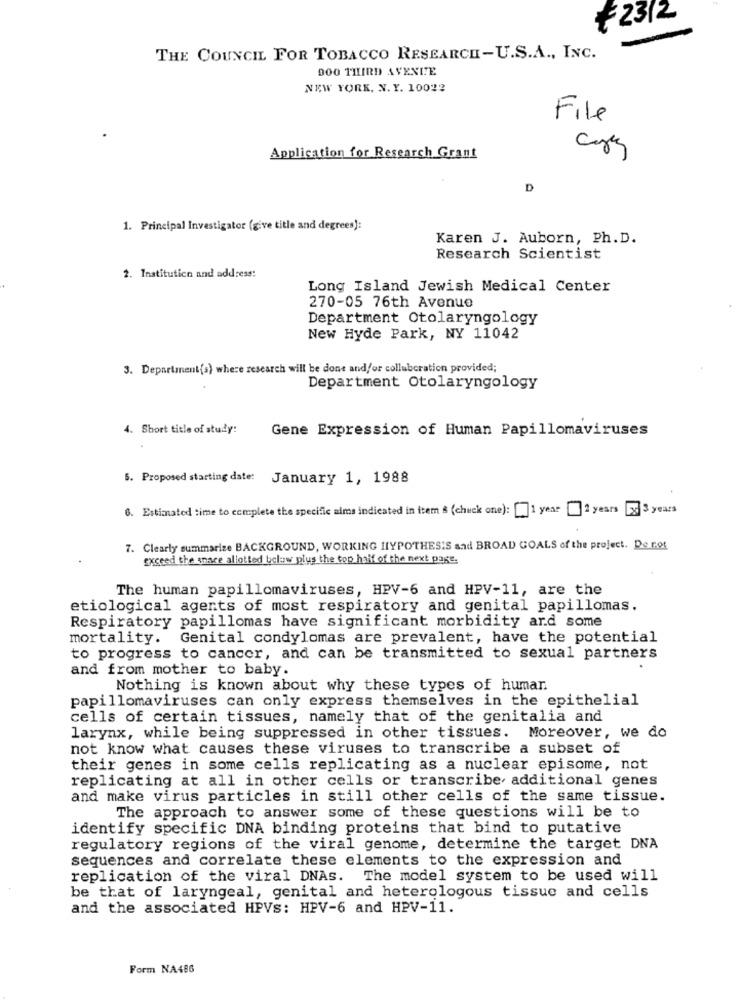
₹2312
THE COUNCIL FOR TOBACCO RESEARCH-U.S.A ., INC.
900 THIRD AVENUE
NEW YORK, N. Y. 10022
File
Application for Research Grant
D
1. Principal Investigator (give title and degrees):
Karen J. Auborn, Ph. D.
Research Scientist
2. Institution and address:
Long Island Jewish Medical Center
270-05 76th Avenue
Department Otolaryngology
New Hyde Park, NY 11042
3. Department(s) where research will be done and/or collaboration provided;
Department Otolaryngology
4. Short title of study:
Gene Expression of Human Papillomaviruses
5. Proposed starting date: January 1, 1988
6. Estimated time to complete the specific aims indicated in item $ (chuck one): [ 1 year 2 years 3 years
7. Clearly summarize BACKGROUND, WORKING HYPOTHESIS and BROAD GOALS of the project. De net
exceed the space allotted below plus the top half of the next page.
The human papillomaviruses, HPV-6 and HPV-11, are the
etiological agents of most respiratory and genital papillomas.
Respiratory papillomas have significant morbidity ard some
mortality.
Genital condylomas are prevalent, have the potential
to progress to cancer, and can be transmitted to sexual partners
and from mother to baby.
Nothing is known about why these types of human.
papillomaviruses can only express themselves in the epithelial
cells of certain tissues, namely that of the genitalia and
larynx, while being suppressed in other tissues. Moreover, we do
not know what causes these viruses to transcribe a subset of
their genes in some cells replicating as a nuclear episome, not
replicating at all in other cells or transcribe additional genes
and make virus particles in still other cells of the same tissue.
The approach to answer some of these questions will be to
identify specific DNA binding proteins that bind to putative
regulatory regions of the viral genome, determine the target DNA
sequences and correlate these elements to the expression and
replication of the viral DNAs. The model system to be used will
be that of laryngeal, genital and heterologous tissue and cells
and the associated HPVs: HPV-6 and HPV-11.
Form NA486